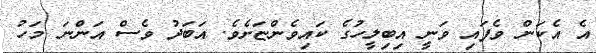
އެ އެކަން ވެފައި ވަނީ އިބިލީހުގެ ކައިވެންޏަށެވެ. އަބަދު ވެސް އަންނަ މަހު